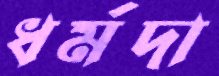
ধর্মদা